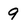
Character: 9